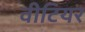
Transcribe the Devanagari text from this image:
वीटियर